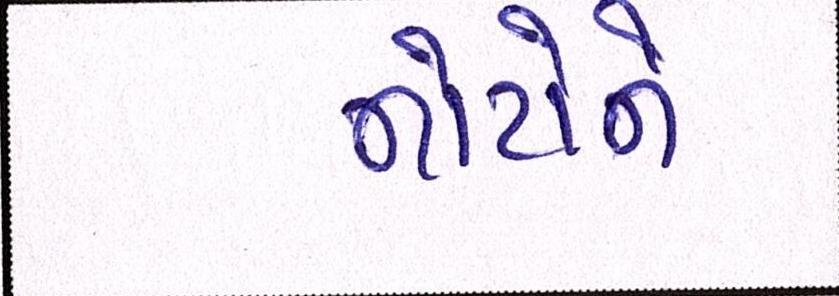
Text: નોટોને